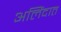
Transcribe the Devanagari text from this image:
अलिंदात